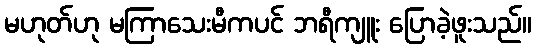
မဟုတ်ဟု မကြာသေးမီကပင် ဘရီကျူး ပြောခဲ့ဖူးသည်။